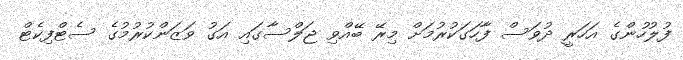
ފުލުހުންގެ އަހަރީ ދުވަސް ފާހަގަކުރުމަށް މިރޭ ބޭއްވި ޖަލްސާގައި އަގު ވަޒަންކުރުމުގެ ސެޓްފިކެޓް